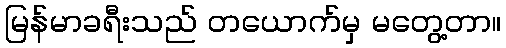
မြန်မာခရီးသည် တယောက်မှ မတွေ့တာ။